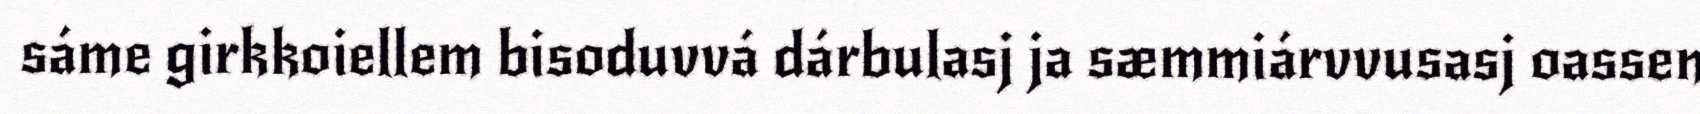
sáme girkkoiellem bisoduvvá dárbulasj ja sæmmiárvvusasj oassen